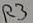
Text: R3